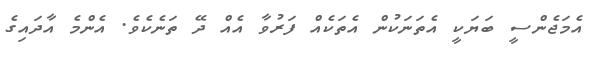
އެމަޖެންސީ ބަޔަކީ އެތަނަކުން އެތަކެއް ފަރުވާ އެއް ދޭ ތަނެކެވެ. އެންމެ އާދައިގެ